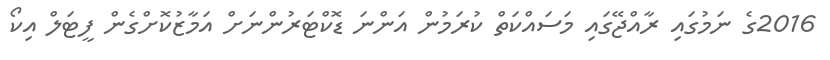
2016ގެ ނަމުގައި ރާއްޖޭގައި މަސައްކަތް ކުރަމުން އަންނަ ޑޮކްޓަރުންނަށް އަމާޒުކޮށްގެން ފީޓަލް އިކޯ